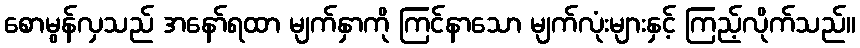
စောမွန်လှသည် အနော်ရထာ မျက်နှာကို ကြင်နာသော မျက်လုံးများနှင့် ကြည့်လိုက်သည်။